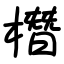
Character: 橬